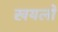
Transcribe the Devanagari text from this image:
खयलों